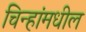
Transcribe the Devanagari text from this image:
चिन्हांमधील